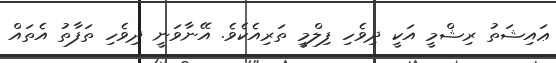
ޢައިޝަތު ރިޝްމީ އަކީ ދިވެހި ފިލްމީ ތަރިއެކެވެ. އޭނާވަނީ ދިވެހި ތަފާތު އެތައް